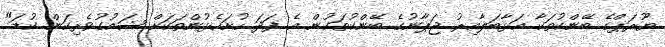
ޔޫރަޕްގެ ބޭންކުތަކާ އަޅާބަލާއިރު ޖަޕާނުގެ ބޭންކުތަކުން އެ ފަދަ ހުށަހެޅުންތަކަށް ޝައުގުވެރިކަން ކުޑަ"